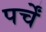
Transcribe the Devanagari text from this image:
पर्चें